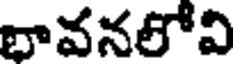
భావనలోవి